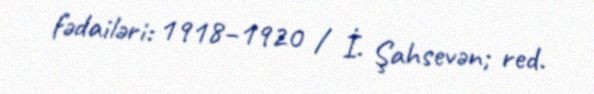
fədailəri: 1918–1920 / İ. Şahsevən; red.